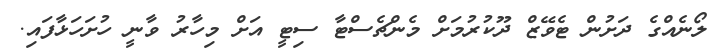
ލޯނެއްގެ ދަށުން ޓެވޭޒް ދޫކުރުމަށް މެންޗެސްޓާ ސިޓީ އަށް މިހާރު ވާނީ ހުށަހަޅާފައި.